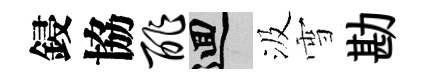
鋟協酢回汲雪勘